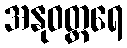
အနုဝတ္တရေ